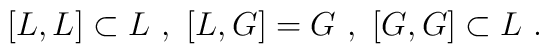
[L, L] \subset L \ ,\ [L, G] = G \ ,\ [G, G] \subset L \ .